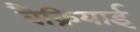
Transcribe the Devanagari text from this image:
बैक्रियाई